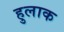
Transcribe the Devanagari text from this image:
हुलाक